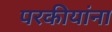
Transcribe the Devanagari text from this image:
परकीयांना